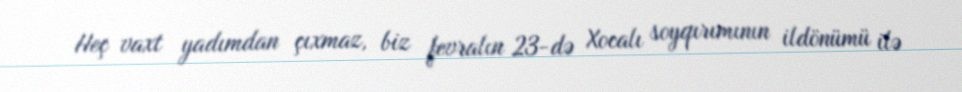
Heç vaxt yadımdan çıxmaz, biz fevralın 23-də Xocalı soyqırımının ildönümü ilə